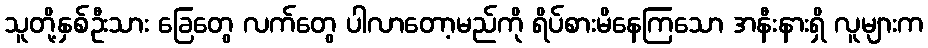
သူတို့နှစ်ဦးသား ခြေတွေ လက်တွေ ပါလာတော့မည်ကို ရိပ်စားမိနေကြသော အနီးနားရှိ လူများက